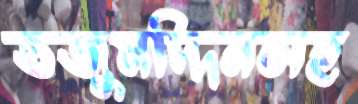
তজুমদ্দিনসহ